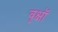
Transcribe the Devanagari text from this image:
वृक्षॉ